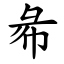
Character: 㣇